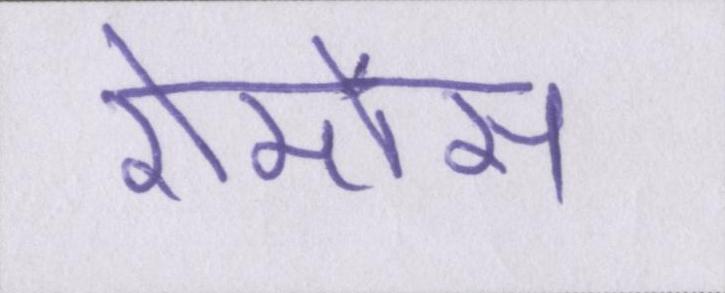
रोमांस